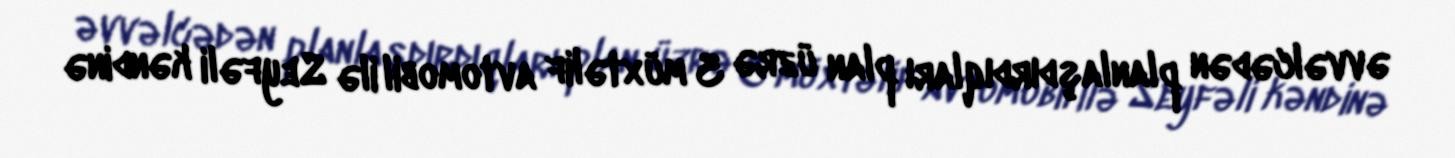
əvvəlcədən planlaşdırdıqları plan üzrə 3 müxtəlif avtomobil ilə Seyfəli kəndinə